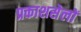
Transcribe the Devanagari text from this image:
प्रकाशसेलों